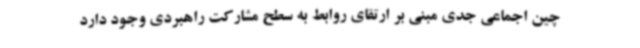
چین اجماعی جدی مبنی بر ارتقای روابط به سطح مشارکت راهبردی وجود دارد